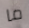
ما